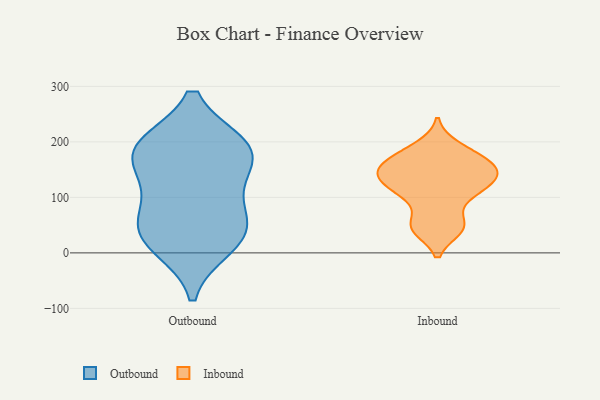
{"axis": {"x": "Demand Index", "y": "Value"}, "legend": ["Inbound", "Outbound"], "data": [{"x": "", "y": 190, "type": "Outbound"}, {"x": "", "y": 55, "type": "Outbound"}, {"x": "", "y": 40, "type": "Outbound"}, {"x": "", "y": 140, "type": "Outbound"}, {"x": "", "y": 13, "type": "Outbound"}, {"x": "", "y": 192, "type": "Outbound"}, {"x": "", "y": 30, "type": "Outbound"}, {"x": "", "y": 180, "type": "Outbound"}, {"x": "", "y": 189, "type": "Outbound"}, {"x": "", "y": 97, "type": "Outbound"}, {"x": "", "y": 43, "type": "Inbound"}, {"x": "", "y": 107, "type": "Inbound"}, {"x": "", "y": 192, "type": "Inbound"}, {"x": "", "y": 154, "type": "Inbound"}, {"x": "", "y": 138, "type": "Inbound"}, {"x": "", "y": 154, "type": "Inbound"}, {"x": "", "y": 125, "type": "Inbound"}, {"x": "", "y": 99, "type": "Inbound"}, {"x": "", "y": 168, "type": "Inbound"}, {"x": "", "y": 175, "type": "Inbound"}, {"x": "", "y": 126, "type": "Inbound"}, {"x": "", "y": 143, "type": "Inbound"}, {"x": "", "y": 49, "type": "Inbound"}, {"x": "", "y": 48, "type": "Inbound"}]}